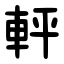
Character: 軯